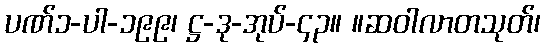
ပဏ်၁-ပါ-၁၉၉၊ ဋ္ဌ-ဒု-အုပ်-၄၃။ ။ဆဝါလာတသုတ်၊